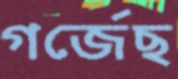
গর্জেছ